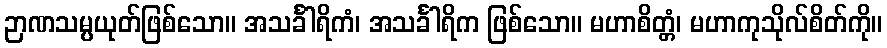
ဉာဏသမ္ပယုတ်ဖြစ်သော။ အသင်္ခါရိကံ၊ အသင်္ခါရိက ဖြစ်သော။ မဟာစိတ္တံ၊ မဟာကုသိုလ်စိတ်ကို။